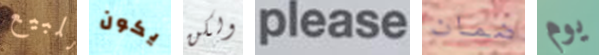
للبيع يكون ولكن please ضمان يوم